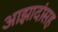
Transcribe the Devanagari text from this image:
आझादांसह